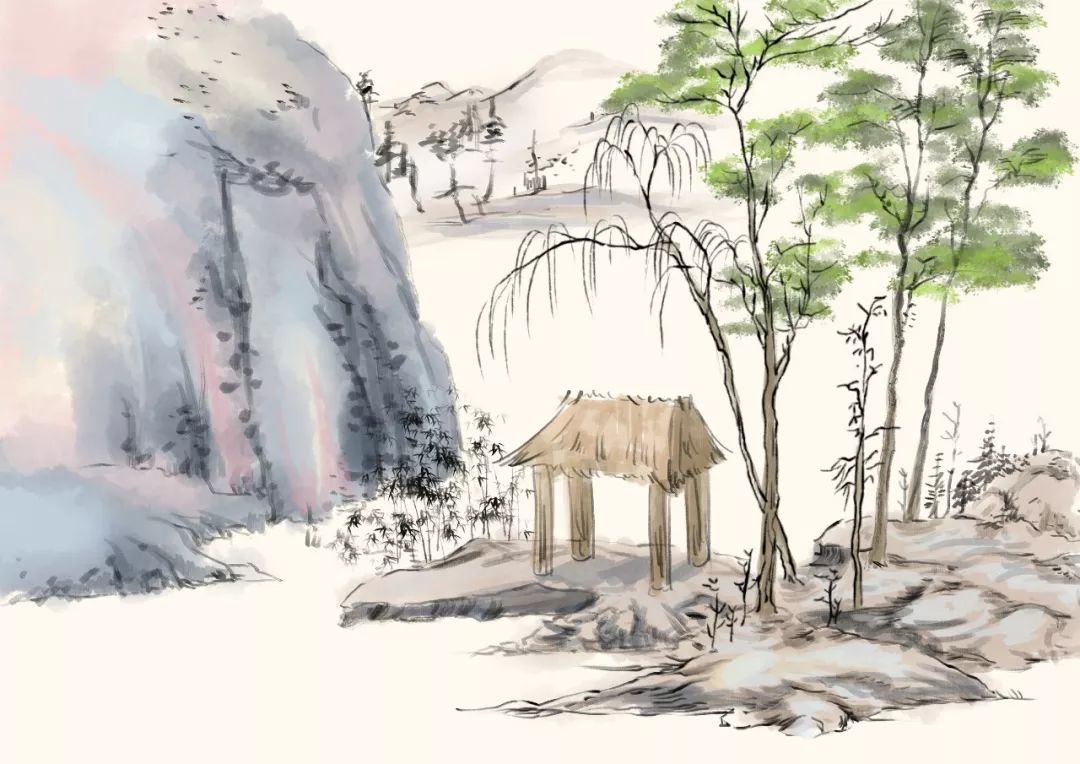
那作商人妇，愁水复愁风。